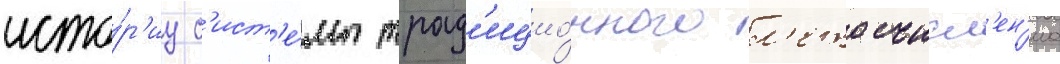
исто́р'иу с'ист'е́мы трад'ицио́нного л'етосчисл'ен'иа